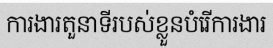
ការងារតួនាទីរបស់ខ្លួនបំរើការងារ